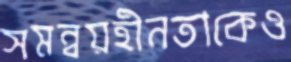
সমন্বয়হীনতাকেও